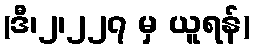
(ဒီ၊၂၊၂၂၇ မှ ယူရန်)